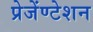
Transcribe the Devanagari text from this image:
प्रेजेंण्टेशन